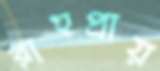
রাহুপ্রায়